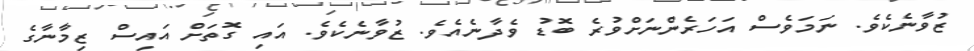
ޒުވާނެކެވެ. ނަމަވެސް އަހަރެންނަށްވުރެ ބޮޑު ވެދާނެއެވެ. ޒުވާނެކެވެ. އައި ގޮތަށް އައިސް ޒިމާނާގެ